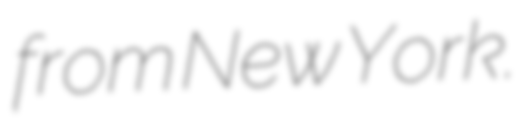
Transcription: from New York.